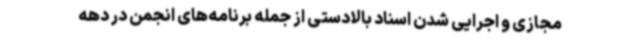
مجازی و اجرایی شدن اسناد بالادستی از جمله برنامه‌های انجمن در دهه